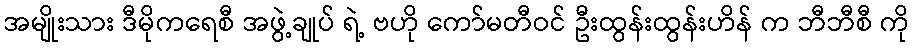
အမျိုးသား ဒီမိုကရေစီ အဖွဲ့ချုပ် ရဲ့ ဗဟို ကော်မတီဝင် ဦးထွန်းထွန်းဟိန် က ဘီဘီစီ ကို